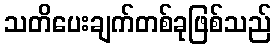
သတိပေးချက်တစ်ခုဖြစ်သည်